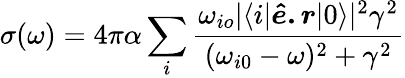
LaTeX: \sigma(\omega)=4\pi\alpha\sum_{i}\frac{\omega_{io}|\langle i|\boldsymbol{\hat{e}.r}|0\rangle|^{2}\gamma^{2}}{(\omega_{i0}-\omega)^{2}+\gamma^{2}}